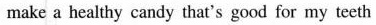
make a healthy candy that's good for my teeth